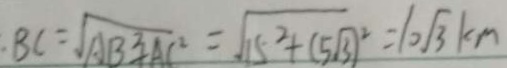
B C = \sqrt { A B ^ { 2 } = A C ^ { 2 } } = \sqrt { 1 5 ^ { 2 } + ( 5 \sqrt { 3 } ) ^ { 2 } = 1 0 \sqrt { 3 } K m }